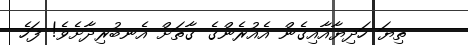
ތިޔަ ހަދިޔާއާއިގެން އެއުރެންގެ ގާތަށް އެނބުރިދާށެވެ! ފަހެ